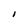
Character: I